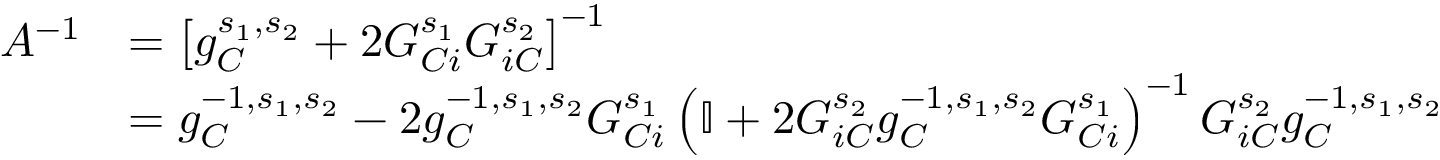
\begin{array} { r l } { A ^ { - 1 } } & { = \left[ g _ { C } ^ { s _ { 1 } , s _ { 2 } } + 2 G _ { C i } ^ { s _ { 1 } } G _ { i C } ^ { s _ { 2 } } \right] ^ { - 1 } } \\ & { = g _ { C } ^ { - 1 , s _ { 1 } , s _ { 2 } } - 2 g _ { C } ^ { - 1 , s _ { 1 } , s _ { 2 } } G _ { C i } ^ { s _ { 1 } } \left( \mathbb { I } + 2 G _ { i C } ^ { s _ { 2 } } g _ { C } ^ { - 1 , s _ { 1 } , s _ { 2 } } G _ { C i } ^ { s _ { 1 } } \right) ^ { - 1 } G _ { i C } ^ { s _ { 2 } } g _ { C } ^ { - 1 , s _ { 1 } , s _ { 2 } } } \end{array}